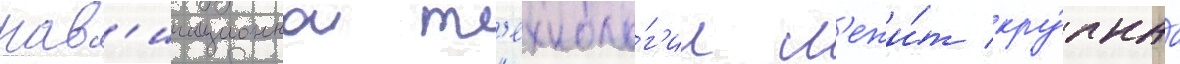
нав'игационнои т'ехноло́г'ии л'ежи́т кру́пнаа